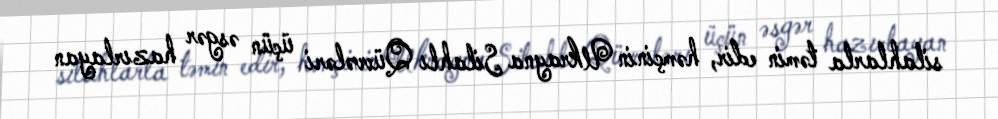
silahlarla təmin edir, həmçinin Ukrayna Silahlı Qüvvələri üçün əsgər hazırlayan